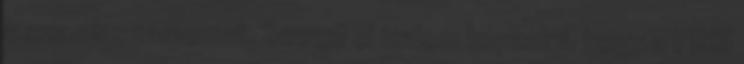
a szamlaszamomat. Szoval el tudom kepzelni, hogy a PRSI